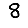
Digit: 8